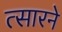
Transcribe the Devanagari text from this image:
त्सारने